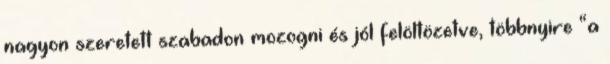
nagyon szeretett szabadon mozogni és jól felöltözetve, többnyire “a